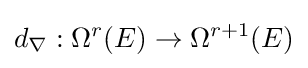
d_{\nabla }:\Omega ^{r}(E)\to \Omega ^{r+1}(E)